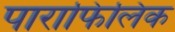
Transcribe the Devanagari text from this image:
पाराफिलिक